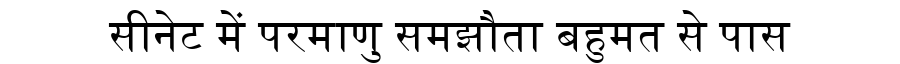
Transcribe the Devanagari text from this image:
सीनेट में परमाणु समझौता बहुमत से पास